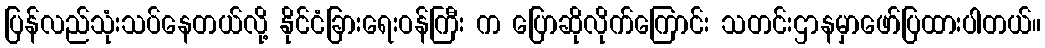
ပြန်လည်သုံးသပ်နေတယ်လို့ နိုင်ငံခြားရေးဝန်ကြီး က ပြောဆိုလိုက်ကြောင်း သတင်းဌာနမှာဖော်ပြထားပါတယ်။